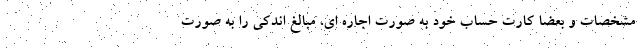
مشخصات و بعضا کارت حساب خود به صورت اجاره ای، مبالغ اندکی را به صورت